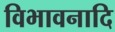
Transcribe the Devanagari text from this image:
विभावनादि